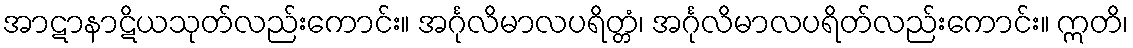
အာဋာနာဋိယသုတ်လည်းကောင်း။ အင်္ဂုလိမာလပရိတ္တံ၊ အင်္ဂုလိမာလပရိတ်လည်းကောင်း။ ဣတိ၊